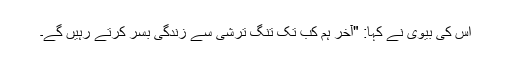
اس کی بیوی نے کہا: "آخر ہم کب تک تنگ ترشی سے زندگی بسر کرتے رہیں گے۔